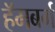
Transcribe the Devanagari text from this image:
हॅमबर्ग